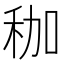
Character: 𥝿